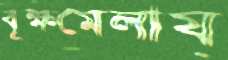
বৃক্ষমেলায়